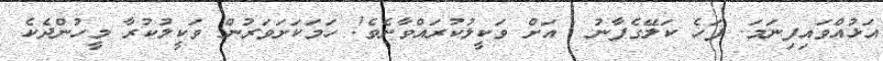
އަޅުއްވައިފިނަމަ. ފަހެ ކަލޭގެފާނު  އަށް ވަކީލުކުރައްވާށެވެ! ހަމަކަށަވަރުން ވަކީލުކުރާ މީހުންދެކެ